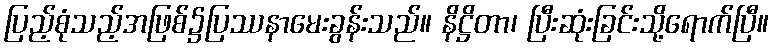
ပြည့်စုံသည့်အဖြစ်၌ပြဿနာမေးခွန်းသည်။ နိဋ္ဌိတာ၊ ပြီးဆုံးခြင်းသို့ရောက်ပြီ။